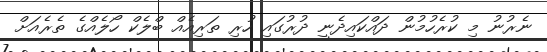
ނެރުނު މި ކުރެހުމުން ދައްކައިދެނީ ދުރުގައި ހުރި ތަރިއެއް ބްލެކް ހޯލެއްގެ ތެރެއަށް